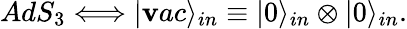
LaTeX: AdS_{3}\Longleftrightarrow|\mathbf{v}ac\rangle_{in}\equiv|0\rangle_{in}\otimes|0\rangle_{in}.